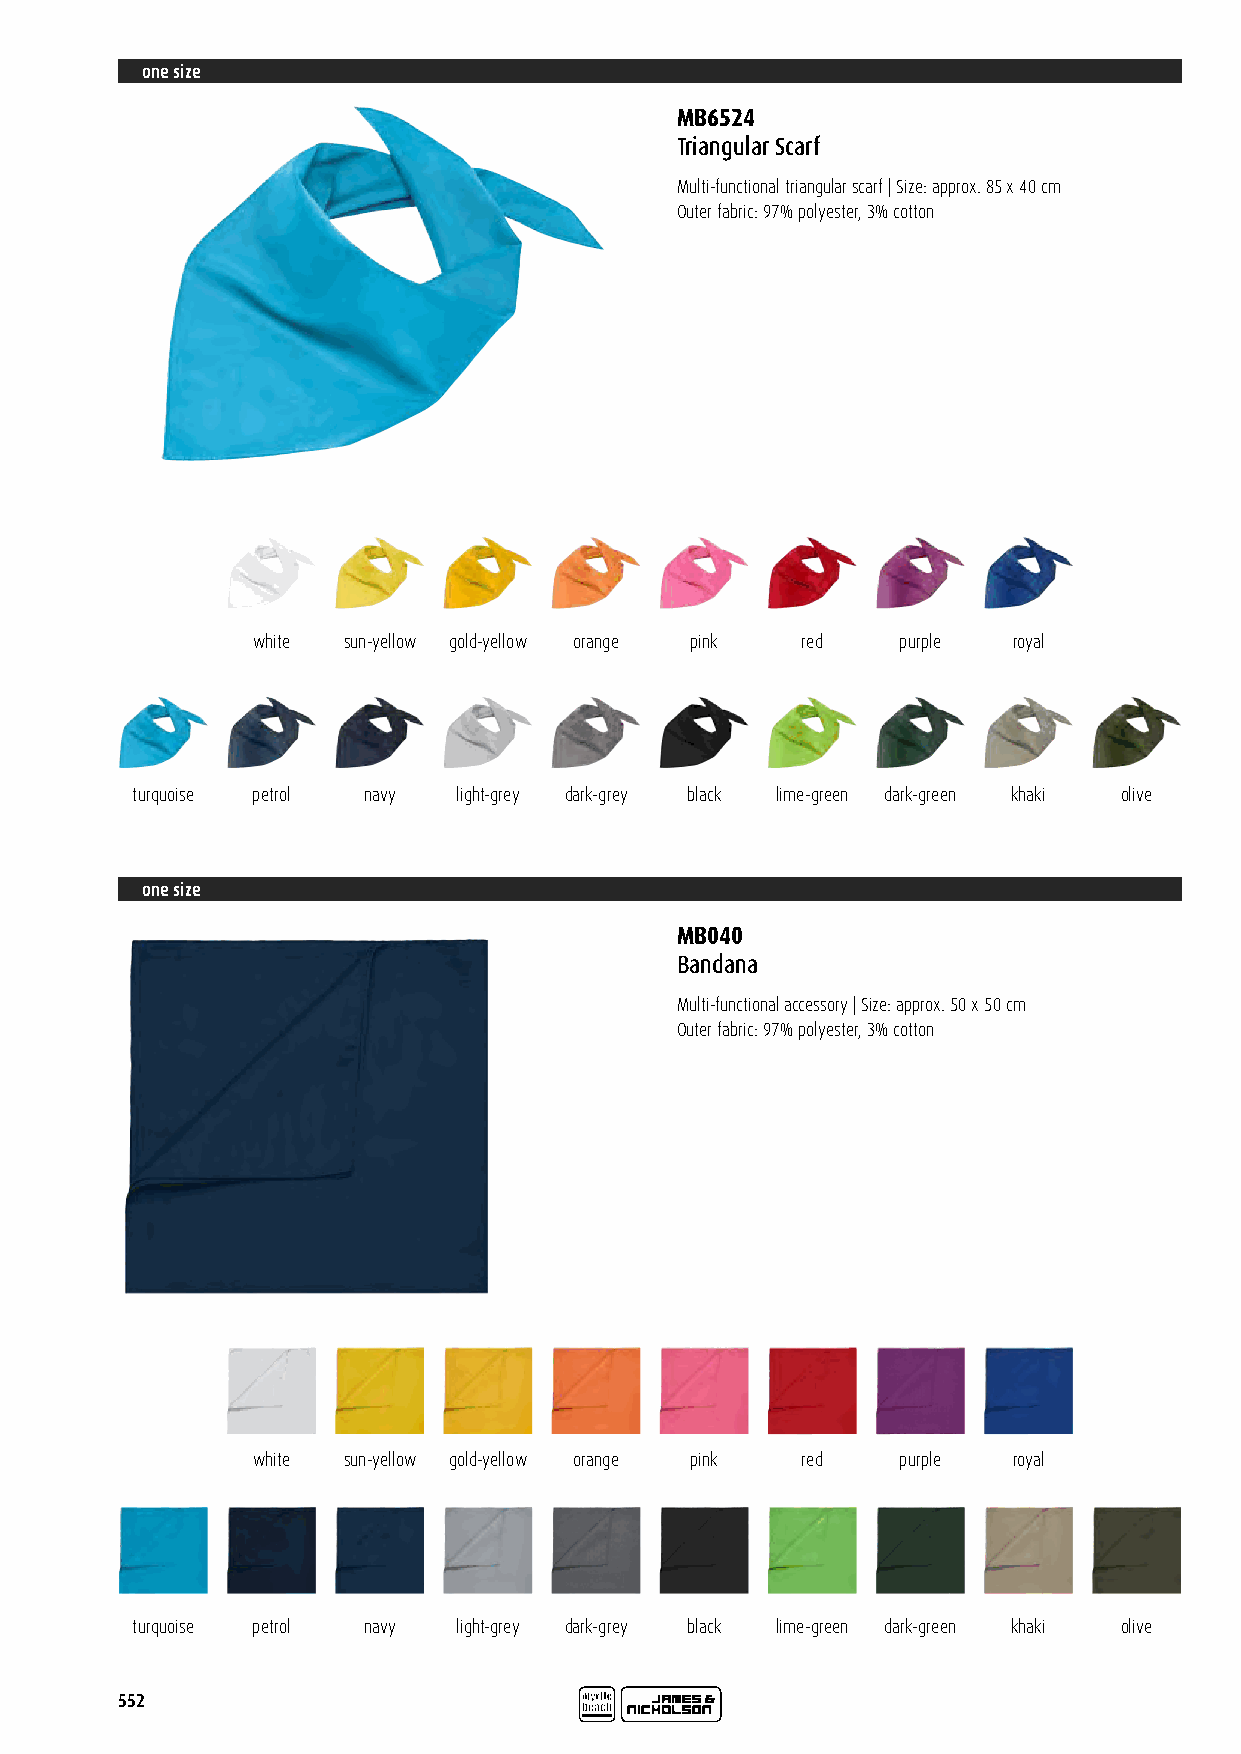
one size
 MB6524
 Triangular Scarf
 Multi-functional triangular scarf | Size: approx. 85 x 40 cm
 Outer fabric: 97% polyester, 3% cotton
 white sun-yellow gold-yellow orange pink red purple royal
 turquoise petrol navy light-grey dark-grey black lime-green dark-green khaki olive
 one size
 MB040
 Bandana
 Multi-functional accessory | Size: approx. 50 x 50 cm
 Outer fabric: 97% polyester, 3% cotton
 white sun-yellow gold-yellow orange pink red purple royal
 turquoise petrol navy light-grey dark-grey black lime-green dark-green khaki olive
 552